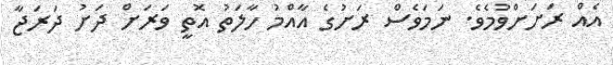
އެއް ރަށަށްވުމެވެ. ނަމަވެސް ރަށުގެ އާއްމު ހާލަތު އޮތީ ވަރަށް ދަށު ދަރަޖާ